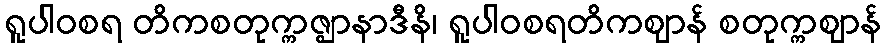
ရူပါဝစရ တိကစတုက္ကဇ္ဈာနာဒီနိ၊ ရူပါဝစရတိကဈာန် စတုက္ကဈာန်